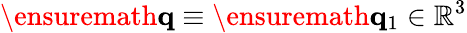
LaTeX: \ensuremath{\mathbf{q}}\equiv\ensuremath{\mathbf{q}}_{1}\in\mathbb{R}^{3}